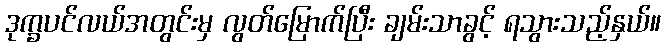
ဒုက္ခပင်လယ်အတွင်းမှ လွတ်မြောက်ပြီး ချမ်းသာခွင့် ရသွားသည့်နှယ်။